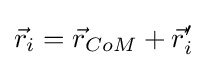
{\vec {r}}_{i}={\vec {r}}_{CoM}+{\vec {r}}'_{i}